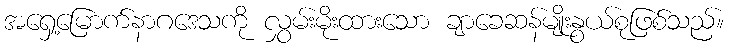
အရှေ့မြောက်နာဂဒေသကို လွှမ်းမိုးထားသော ချာခေဆန်မျိုးနွယ်စုဖြစ်သည်။